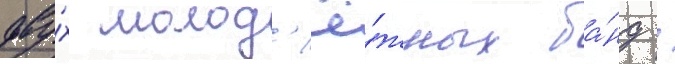
дву́х молод'ё́жных ба́нд /